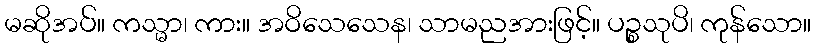
မဆိုအပ်။ ကသ္မာ၊ ကား။ အဝိသေသေန၊ သာမညအားဖြင့်။ ပဉ္စသုပိ၊ ကုန်သော။